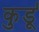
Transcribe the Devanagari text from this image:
कुर्डू